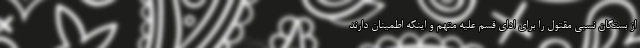
از بستگان نسبی مقتول را برای ادای قسم علیه متهم و اینکه اطمینان دارند